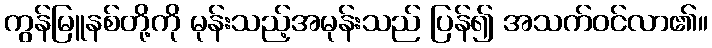
ကွန်မြူနစ်တို့ကို မုန်းသည့်အမုန်းသည် ပြန်၍ အသက်ဝင်လာ၏။